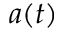
a ( t )